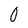
Character: 0